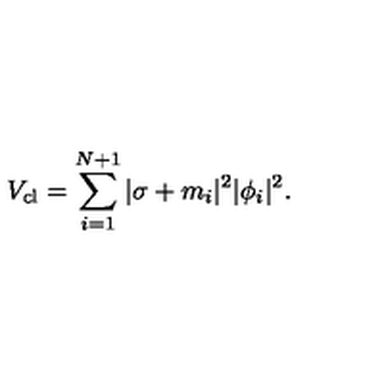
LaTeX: V _ { \mathrm { c l } } = \sum _ { i = 1 } ^ { N + 1 } | \sigma + m _ { i } | ^ { 2 } | \phi _ { i } | ^ { 2 } .